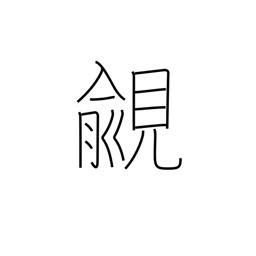
Meaning: coveting high rank